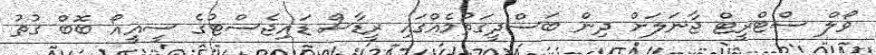
ވޯލް ސްޓްރީޓް ޖާނަލަށް ދިން ބަސްދީގަތުމެއްގައި ރީޑާސް ޑައިޖެސްޓުގެ ސީއީއޯ ބޮބް ގުތު